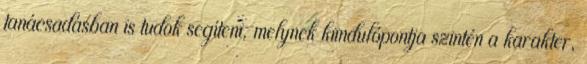
tanácsadásban is tudok segíteni, melynek kiindulópontja szintén a karakter,